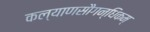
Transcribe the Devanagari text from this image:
कल्याणसौगन्धिकम्